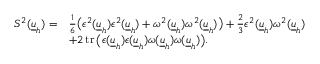
\begin{array} { r l } { S ^ { 2 } ( \underline { { u } } _ { h } ) = } & { \frac { 1 } { 6 } \big ( \epsilon ^ { 2 } ( \underline { { u } } _ { h } ) \epsilon ^ { 2 } ( \underline { { u } } _ { h } ) + \omega ^ { 2 } ( \underline { { u } } _ { h } ) \omega ^ { 2 } ( \underline { { u } } _ { h } ) \big ) + \frac { 2 } { 3 } \epsilon ^ { 2 } ( \underline { { u } } _ { h } ) \omega ^ { 2 } ( \underline { { u } } _ { h } ) } \\ & { + 2 \operatorname { t r } \big ( \epsilon ( \underline { { u } } _ { h } ) \epsilon ( \underline { { u } } _ { h } ) \omega ( \underline { { u } } _ { h } ) \omega ( \underline { { u } } _ { h } ) \big ) . } \end{array}